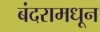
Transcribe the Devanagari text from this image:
बंदरामधून